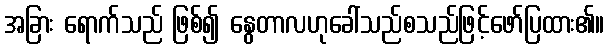
အခြား ရောက်သည် ဖြစ်၍ နွေတာလဟုခေါ်သည်စသည်ဖြင့်ဖော်ပြထား၏။